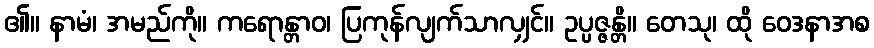
၏။ နာမံ၊ အမည်ကို။ ကရောန္တာဝ၊ ပြကုန်လျက်သာလျှင်။ ဥပ္ပဇ္ဇန္တိ။ တေသု၊ ထို ဝေဒနာအစ